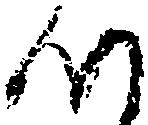
つ